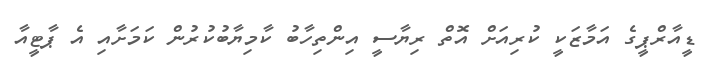
ޑީއާރްޕީގެ އަމާޒަކީ ކުރިއަށް އޮތް ރިޔާސީ އިންތިހާބު ކާމިޔާބުކުރުން ކަމަށާއި އެ ޕާޓީއާ